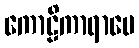
ကောဠိကာရာမေ